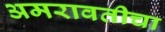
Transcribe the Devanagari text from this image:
अमरावतीचा